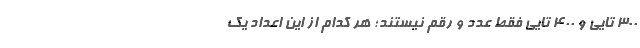
۳۰۰ تایی و ۴۰۰ تایی فقط عدد و رقم نیستند؛ هر کدام از این اعداد یک